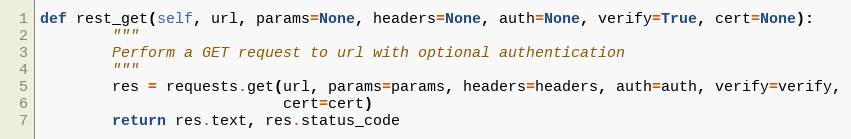
Language: Python
def rest_get(self, url, params=None, headers=None, auth=None, verify=True, cert=None):
        """
        Perform a GET request to url with optional authentication
        """
        res = requests.get(url, params=params, headers=headers, auth=auth, verify=verify,
                           cert=cert)
        return res.text, res.status_code